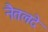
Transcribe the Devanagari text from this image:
नैतलदे